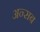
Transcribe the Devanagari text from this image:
अन्सब